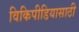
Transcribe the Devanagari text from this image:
विकिपीडियासाठी